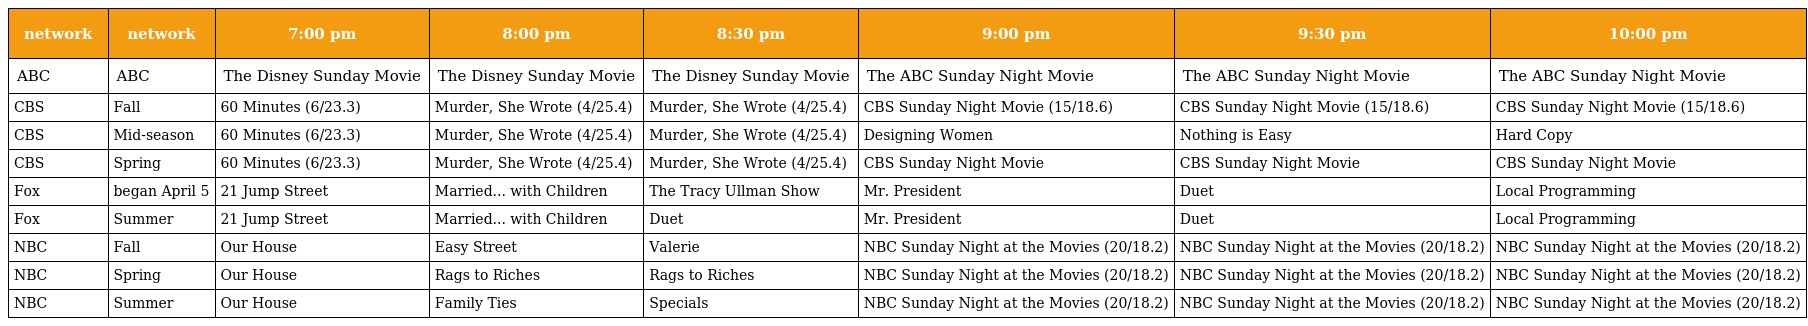
| network | network | 7:00 pm | 8:00 pm | 8:30 pm | 9:00 pm | 9:30 pm | 10:00 pm |
 | --- | --- | --- | --- | --- | --- | --- | --- |
 | ABC | ABC | The Disney Sunday Movie | The Disney Sunday Movie | The Disney Sunday Movie | The ABC Sunday Night Movie | The ABC Sunday Night Movie | The ABC Sunday Night Movie |
 | CBS | Fall | 60 Minutes (6/23.3) | Murder, She Wrote (4/25.4) | Murder, She Wrote (4/25.4) | CBS Sunday Night Movie (15/18.6) | CBS Sunday Night Movie (15/18.6) | CBS Sunday Night Movie (15/18.6) |
 | CBS | Mid-season | 60 Minutes (6/23.3) | Murder, She Wrote (4/25.4) | Murder, She Wrote (4/25.4) | Designing Women | Nothing is Easy | Hard Copy |
 | CBS | Spring | 60 Minutes (6/23.3) | Murder, She Wrote (4/25.4) | Murder, She Wrote (4/25.4) | CBS Sunday Night Movie | CBS Sunday Night Movie | CBS Sunday Night Movie |
 | Fox | began April 5 | 21 Jump Street | Married... with Children | The Tracy Ullman Show | Mr. President | Duet | Local Programming |
 | Fox | Summer | 21 Jump Street | Married... with Children | Duet | Mr. President | Duet | Local Programming |
 | NBC | Fall | Our House | Easy Street | Valerie | NBC Sunday Night at the Movies (20/18.2) | NBC Sunday Night at the Movies (20/18.2) | NBC Sunday Night at the Movies (20/18.2) |
 | NBC | Spring | Our House | Rags to Riches | Rags to Riches | NBC Sunday Night at the Movies (20/18.2) | NBC Sunday Night at the Movies (20/18.2) | NBC Sunday Night at the Movies (20/18.2) |
 | NBC | Summer | Our House | Family Ties | Specials | NBC Sunday Night at the Movies (20/18.2) | NBC Sunday Night at the Movies (20/18.2) | NBC Sunday Night at the Movies (20/18.2) |